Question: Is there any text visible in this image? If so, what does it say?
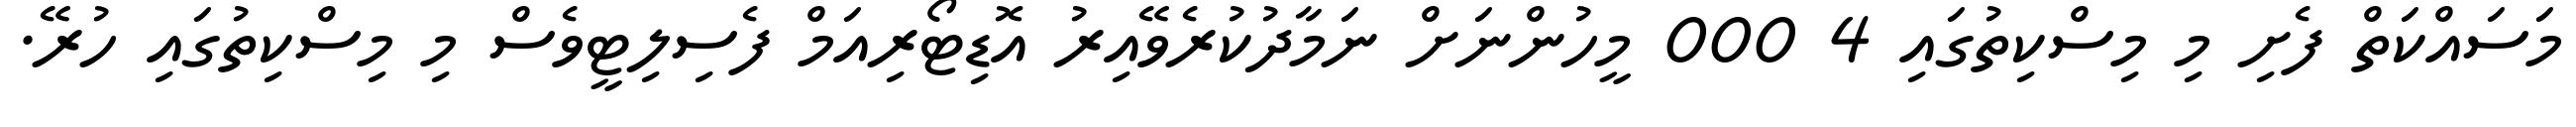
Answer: މަސައްކަތް ފެށި މި މިސްކިތުގައި 4 000 މީހުންނަށް ނަމާދުކުރެވޭއިރު އޮޑިޓޯރިއަމް ފެސިލިޓީވެސް މި މިސްކިތުގައި ހުރޭ.